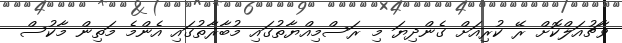
ވާޗުއަލްކޮށް ރޭ ކުރިއަށް ގެންދިޔަ މި ރަސްމިއްޔާތުގައި މުބާރާތުގައި އެންމެ މަތިން މާކުސް